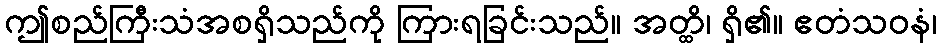
ဤစည်ကြီးသံအစရှိသည်ကို ကြားရခြင်းသည်။ အတ္ထိ၊ ရှိ၏။ ဧတံသဝနံ၊